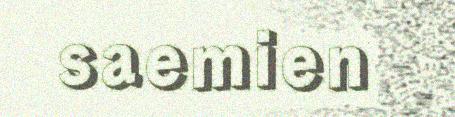
saemien